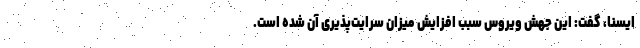
ایسنا، گفت: این جهش ویروس سبب افزایش میزان سرایت‌پذیری آن شده است.